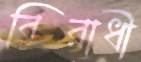
বিরাধী